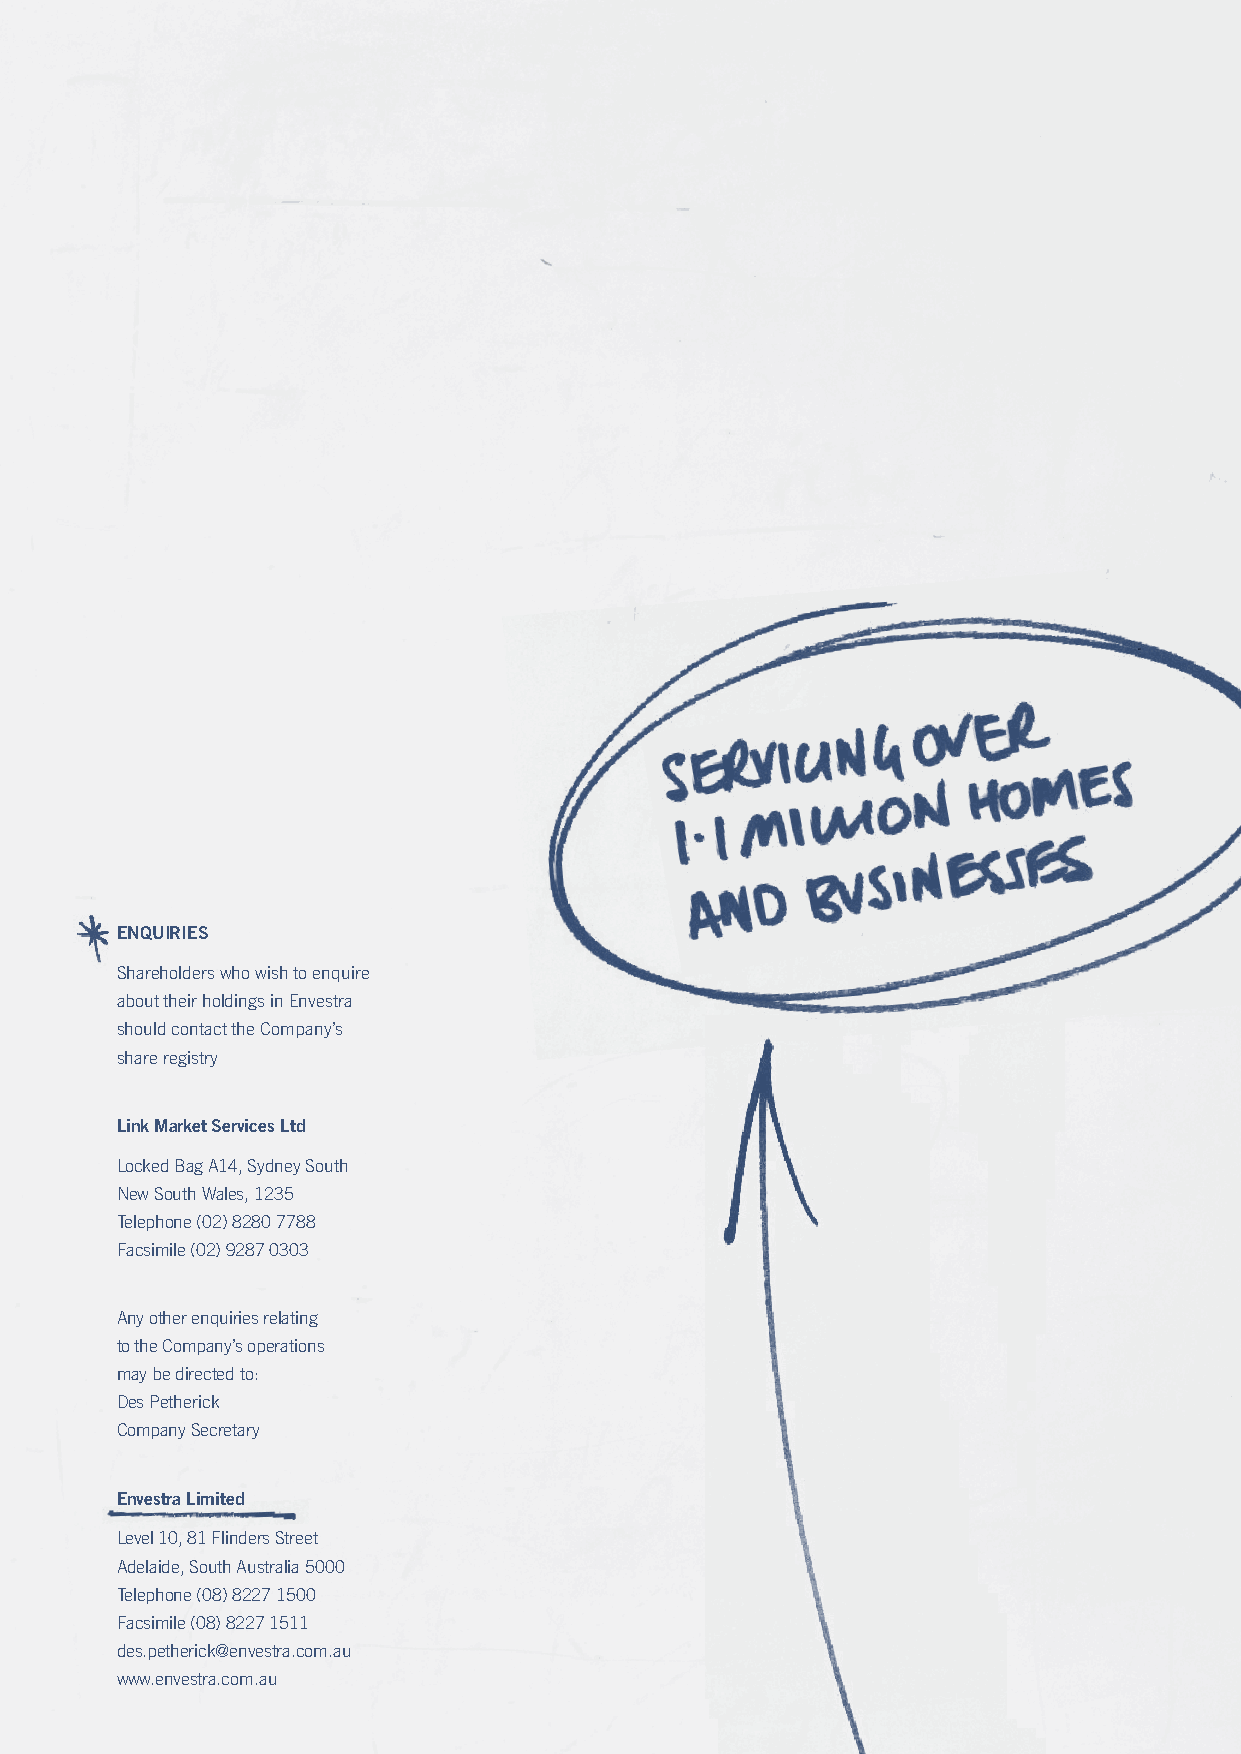
ENQuIRIES
 Shareholders who wish to enquire
 about their holdings in Envestra
 should contact the Company’s
 share registry
 Link Market Services Ltd
 Locked Bag A14, Sydney South
 New South wales, 1235
 Telephone (02) 8280 7788
 Facsimile (02) 9287 0303
 Any other enquiries relating
 to the Company’s operations
 may be directed to:
 Des Petherick
 Company Secretary
 Envestra Limited
 Level 10, 81 Flinders Street
 Adelaide, South Australia 5000
 Telephone (08) 8227 1500
 Facsimile (08) 8227 1511
 des.petherick@envestra.com.au
 www.envestra.com.au